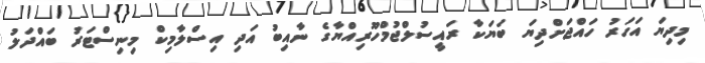
މިދިޔަ އަހަރު ހައްޖަށްދިޔަ ބަޔަކާ ރައީސުލްޖުމްހޫރިއްޔާގެ ނާއިބު އަދި އިސްލާމިކް މިނިސްޓަރު ބައްދަލު